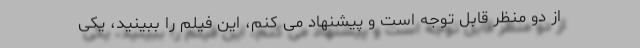
از دو منظر قابل توجه است و پیشنهاد می کنم، این فیلم را ببینید، یکی